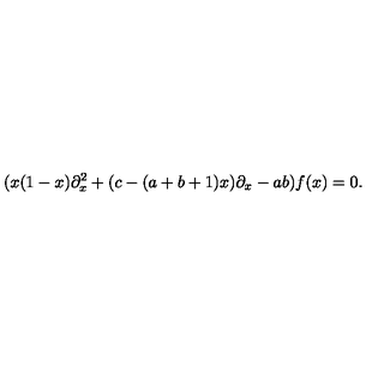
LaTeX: ( x ( 1 - x ) \partial _ { x } ^ { 2 } + ( c - ( a + b + 1 ) x ) \partial _ { x } - a b ) f ( x ) = 0 .